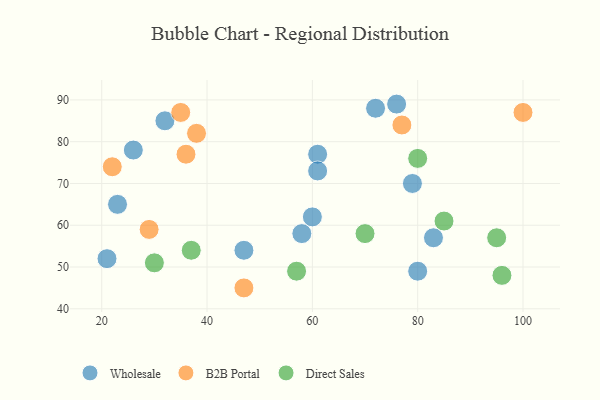
{"axis": {"x": "GDP", "y": "Life Expectancy"}, "legend": ["B2B Portal", "Direct Sales", "Wholesale"], "data": [{"x": "61", "y": 77, "type": "Wholesale"}, {"x": "21", "y": 52, "type": "Wholesale"}, {"x": "61", "y": 73, "type": "Wholesale"}, {"x": "26", "y": 78, "type": "Wholesale"}, {"x": "60", "y": 62, "type": "Wholesale"}, {"x": "47", "y": 54, "type": "Wholesale"}, {"x": "72", "y": 88, "type": "Wholesale"}, {"x": "79", "y": 70, "type": "Wholesale"}, {"x": "23", "y": 65, "type": "Wholesale"}, {"x": "80", "y": 49, "type": "Wholesale"}, {"x": "58", "y": 58, "type": "Wholesale"}, {"x": "76", "y": 89, "type": "Wholesale"}, {"x": "32", "y": 85, "type": "Wholesale"}, {"x": "83", "y": 57, "type": "Wholesale"}, {"x": "29", "y": 59, "type": "B2B Portal"}, {"x": "47", "y": 45, "type": "B2B Portal"}, {"x": "22", "y": 74, "type": "B2B Portal"}, {"x": "36", "y": 77, "type": "B2B Portal"}, {"x": "35", "y": 87, "type": "B2B Portal"}, {"x": "77", "y": 84, "type": "B2B Portal"}, {"x": "100", "y": 87, "type": "B2B Portal"}, {"x": "38", "y": 82, "type": "B2B Portal"}, {"x": "57", "y": 49, "type": "Direct Sales"}, {"x": "80", "y": 76, "type": "Direct Sales"}, {"x": "85", "y": 61, "type": "Direct Sales"}, {"x": "96", "y": 48, "type": "Direct Sales"}, {"x": "30", "y": 51, "type": "Direct Sales"}, {"x": "37", "y": 54, "type": "Direct Sales"}, {"x": "95", "y": 57, "type": "Direct Sales"}, {"x": "70", "y": 58, "type": "Direct Sales"}]}